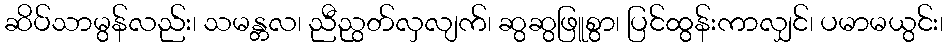
ဆိပ်သာမွန်လည်း၊ သမန္တလ၊ ညီညွတ်လှလျက်၊ ဆွဆွဖြူစွာ၊ ပြင်ထွန်းကာလျှင်၊ ပမာမယွင်း၊